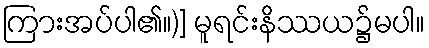
ကြားအပ်ပါ၏။)] မူရင်းနိဿယ၌မပါ။